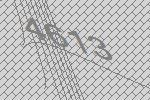
4613